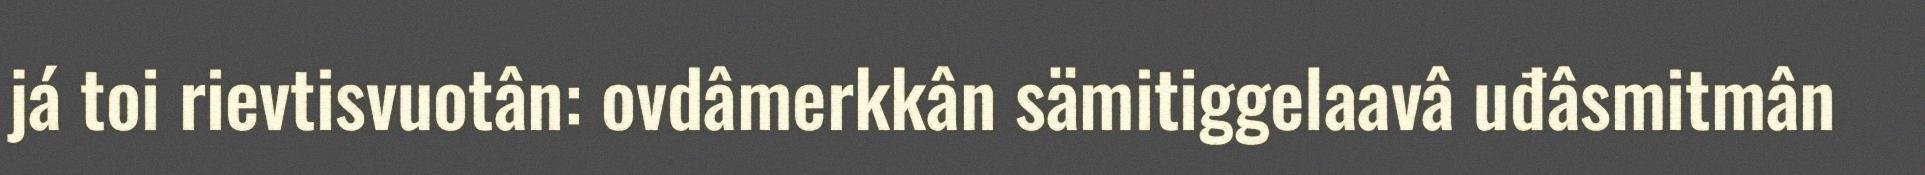
já toi rievtisvuotân: ovdâmerkkân sämitiggelaavâ uđâsmitmân